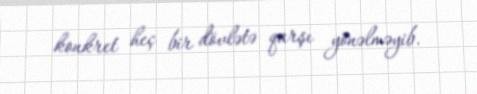
konkret heç bir dövlətə qarşı yönəlməyib.